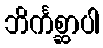
ဘိင်္ကစ္ဆာပါ